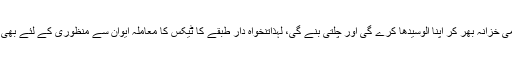
جس سے حکومت قومی خزانہ بھر کر اپنا الوسیدھا کرے گی اور چلتی بنے گی، لہذاتنخواہ دار طبقے کا ٹیکس کا معاملہ ایوان سے منظوری کے لئے بھی نہ بھیجا جائے ورنہ؟